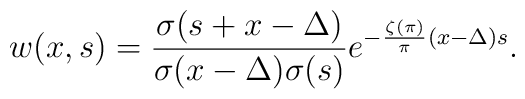
w(x,s)= \frac{\sigma(s+x-\Delta )}{\sigma(x-\Delta )\sigma(s)}e^{-\frac{\zeta(\pi)}{\pi}(x-\Delta )s}.\nonumber